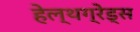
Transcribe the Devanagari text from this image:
हेल्थग्रेड्स